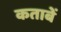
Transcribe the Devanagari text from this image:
कताबें